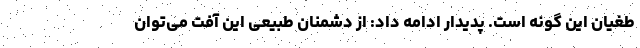
طغیان این گونه است. پدیدار ادامه داد: از دشمنان طبیعی این آفت می‌توان